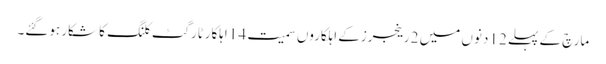
مارچ کے پہلے 12 دنوں میں 2 رینجرزکے اہلکاروں سمیت 14 اہلکارٹارگٹ کلنگ کا شکار ہوگئے۔